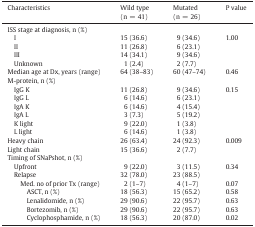
| Characteristics | Wild type (n = 41) | Mutated (n = 26) | P value |
 | --- | --- | --- | --- |
 | ISS stage at diagnosis, n (%) |  |  |  |
 | I | 15 (36.6) | 9 (34.6) | 1.00 |
 | II | 11 (26.8) | 6 (23.1) |  |
 | III | 14 (34.1) | 9 (34.6) |  |
 | Unknown | 1 (2.4) | 2 (7.7) |  |
 | Median age at Dx, years (range) | 64 (38–83) | 60 (47–74) | 0.46 |
 | M-protein, n (%) |  |  |  |
 | IgG K | 11 (26.8) | 9 (34.6) | 0.15 |
 | IgG L | 6 (14.6) | 6 (23.1) |  |
 | IgA K | 6 (14.6) | 4 (15.4) |  |
 | IgA L | 3 (7.3) | 5 (19.2) |  |
 | K light | 9 (22.0) | 1 (3.8) |  |
 | L light | 6 (14.6) | 1 (3.8) |  |
 | Heavy chain | 26 (63.4) | 24 (92.3) | 0.009 |
 | Light chain | 15 (36.6) | 2 (7.7) |  |
 | Timing of SNaPshot, n (%) |  |  |  |
 | Upfront | 9 (22.0) | 3 (11.5) | 0.34 |
 | Relapse | 32 (78.0) | 23 (88.5) |  |
 | Med. no of prior Tx (range) | 2 (1–7) | 4 (1–7) | 0.07 |
 | ASCT, n (%) | 18 (56.3) | 15 (65.2) | 0.58 |
 | Lenalidomide, n (%) | 29 (90.6) | 22 (95.7) | 0.63 |
 | Bortezomib, n (%) | 29 (90.6) | 22 (95.7) | 0.63 |
 | Cyclophosphamide, n (%) | 18 (56.3) | 20 (87.0) | 0.02 |